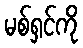
မစ်ရှင်ကို